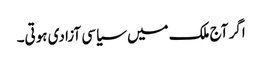
اگر آج ملک میں سیاسی آزادی ہوتی۔